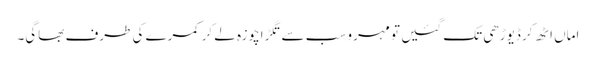
اماں اٹھ کر ڈیوڑھی تک گئیں تو مہرو سب سے تگڑاچوزہ لے کر کمرے کی طرف بھاگی۔